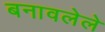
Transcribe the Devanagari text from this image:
बनावलेले